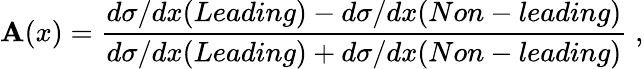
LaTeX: \mathbf{A}(x)=\frac{{d\sigma/dx(Leading)-d\sigma/dx(Non-leading)}}{{d\sigma/dx(Leading)+d\sigma/dx(Non-leading)}}\; ,